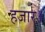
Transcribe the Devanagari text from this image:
हजार॥